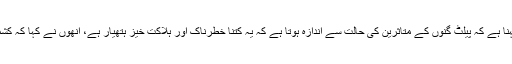
ایمنسٹی انٹرنیشنل کے ایگزیکٹو ڈائریکٹر کا کہنا ہے کہ پیلٹ گنوں کے متاثرین کی حالت سے اندازہ ہوتا ہے کہ یہ کتنا خطرناک اور ہلاکت خیز ہتھیار ہے، انھوں نے کہا کہ کشمیر میں پیلٹ گنوں کا بے جا استعمال ہوتا ہے۔